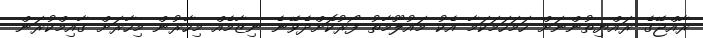
ރާއްޖޭގެ ރައްޔިތުންނަށް ހަމަހަމަކަމާ އެކު މައުލޫމާތު ފޯރުކޮށްދެވޭނެ ނިޒާމެއް މިހާރުން މިހާރަށް ގާއިމްކުރަން